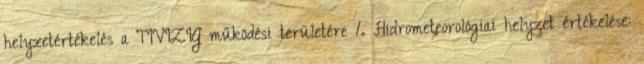
helyzetértékelés a TIVIZIG működési területére 1. Hidrometeorológiai helyzet értékelése: